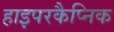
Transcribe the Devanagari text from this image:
हाइपरकैप्निक